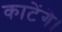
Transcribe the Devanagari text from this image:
काटेंगे।